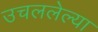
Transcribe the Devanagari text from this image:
उचललेल्या